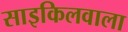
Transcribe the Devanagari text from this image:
साइकिलवाला